Indian journal of veterinary science and animal husbandry - Volume 14,
Year: 1944
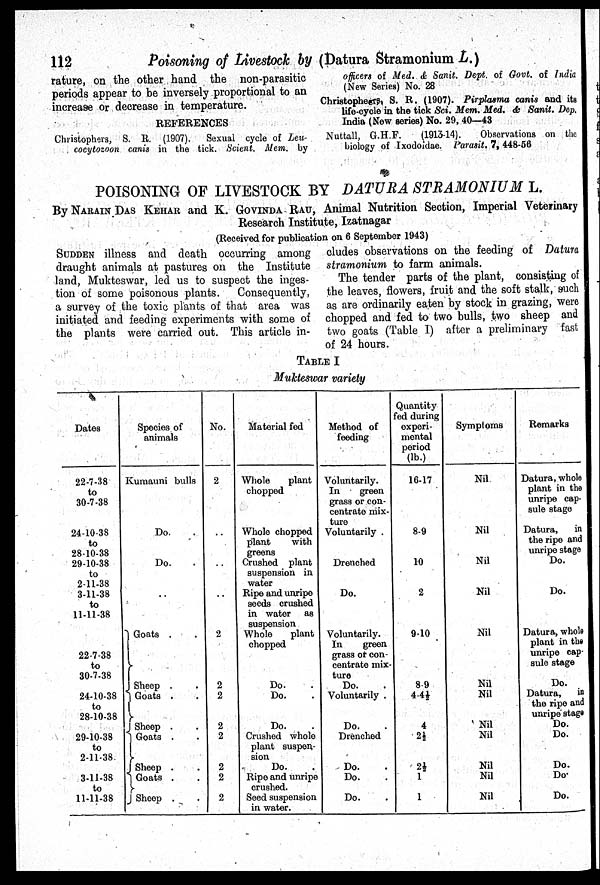
112
Poisoning
of Livestock by (Datura Stramonium L.)
rature, on the other hand the non-parasitic
periods appear to be inversely proportional to an
increase or decrease in temperature.
REFERENCES
Christophers, S. R. (1907). Sexual cycle of Leu-
cocytozoon canis in the tick. Scient. Mem. by
officers of Med. & Sanit. Dept. of Govt. of India
(New Series) No. 28
Christophers, S. R. (1907). Pirplasma canis and its
life-cycle in the tick Sci. Mem. Med. & Sanit. Dep.
India (New series) No. 29, 40—43
Nuttall, G.H.F.
(1913-14).
Observations on the
biology of Ixodoidae. Parasit. 7, 448-56
POISONING OF LIVESTOCK BY DATURA STRAMONIUM L.
By NARAIN DAS KEHAR and K. GOVINDA RAU, Animal Nutrition Section, Imperial Veterinary
Research Institute, Izatnagar
(Received for publication on 6 September 1943)
SUDDEN illness and death occurring among
draught animals at pastures on the Institute
land, Mukteswar, led us to suspect the inges-
tion of some poisonous plants. Consequently,
a survey of the toxic plants of that area was
initiated and feeding experiments with some of
the plants were carried out. This article in-
cludes observations on the feeding of Datura
stramonium to farm animals.
The tender parts of the plant, consisting of
the leaves, flowers, fruit and the soft stalk, such
as are ordinarily eaten by stock in grazing, were
chopped and fed to two bulls, two sheep and
two goats (Table I) after a preliminary fast
of 24 hours.
TABLE I
Mukteswar variety
Dates
22-7-38
to
30-7-38
24-10-38
to
2810-38
29-10-38
to
2-11-38
3-11-38
to
11-11-38
22-7-38
to
30-7-38
24-10-38
to
28-10-38
29-10-38
to
2-11-38.
3-11-38
to
11-11-38
Species of
animals
Kumauni bulls
Do. .
Do. .
..
Goats . .
Sheep . .
Goats
. .
Sheep . .
Goats
. .
Sheep . .
Goats . .
Sheep . .
No.
2
..
..
..
2
2
2
2
2
2
2
2
Material fed
Whole
plant
chopped
Whole chopped
plant
with
greens
Crushed plant
suspension in
water
Ripe and unripe
seeds crushed
in water as
suspension
Whole
plant
chopped
Do. .
Do. .
Do. .
Crushed whole
plant suspen-
sion Do. .
Ripe and unripe
crushed.
Seed suspension
in water.
Method of
feeding
Voluntarily.
In
green
grass or con-
centrate mix-
ture
Voluntarily .
Drenched
Do.
Voluntarily.
In
green
grass or con-
centrate mix-
ture Do. .
Voluntarily .
Do. .
Drenched
Do. .
Do. .
Do. .
Quantity
fed during
experi-
mental
period
(lb.)
16-17
8-9
10
2
9-10
8-9
4-4½
4
2½
2½
1
1
Symptoms
Nil
Nil
Nil
Nil
Nil
Nil
Nil
Nil
Nil
Nil
Nil
Nil
Remarks
Datura, whole
plant in the
unripe cap-
sule stage
Datura,
in
the ripe and
unripe stage
Do.
Do.
Datura, whole
plant in the
unripe cap-
sule stage
Do.
Datura,
in
the ripe and
unripe stage
Do.
Do.
Do.
Do.
Do.